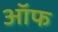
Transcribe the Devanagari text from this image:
ऑफ